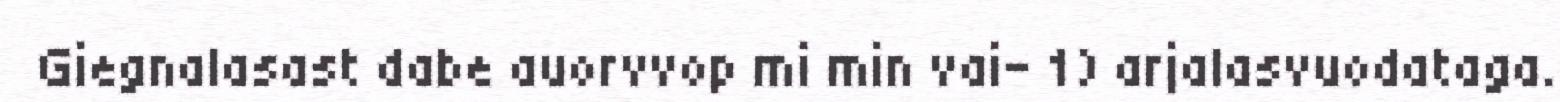
Giegnalasast dabe auorvvop mi min vai- 1) arjalasvuodataga.